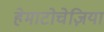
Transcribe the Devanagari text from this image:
हेमाटोचेज़िया